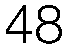
48